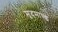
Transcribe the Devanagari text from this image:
मृदमाण्ड